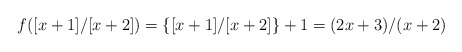
\begin{align*} f([x+1]/[x+2])=\{[x+1]/[x+2]\}+1=(2x+3)/(x+2) \end{align*}